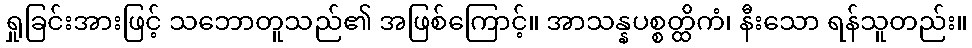
ရှုခြင်းအားဖြင့် သဘောတူသည်၏ အဖြစ်ကြောင့်။ အာသန္နပစ္စတ္ထိကံ၊ နီးသော ရန်သူတည်း။